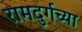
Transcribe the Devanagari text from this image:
रामदुर्गच्या